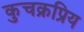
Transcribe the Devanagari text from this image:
कुचक्रप्रिय